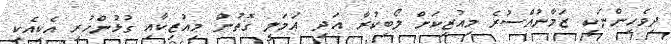
ދިވެހިންނަކީ ޒަމާނުއްސުރެ މިއުޒިކަށް ލޯބިކުރާ އަދި ޢަމަލީ ގޮތުން މިއުޒިކާއި ގުޅުންހުރި އެކިއެކި